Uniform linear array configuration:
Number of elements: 64
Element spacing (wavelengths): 0.25
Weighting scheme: hann
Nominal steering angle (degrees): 60
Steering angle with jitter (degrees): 59.896
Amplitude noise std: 0.05
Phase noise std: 0.05

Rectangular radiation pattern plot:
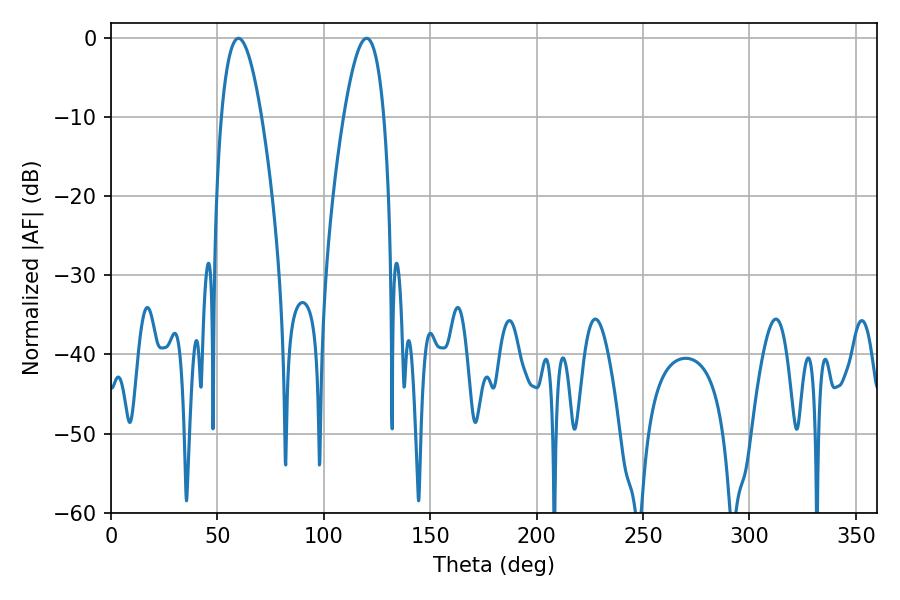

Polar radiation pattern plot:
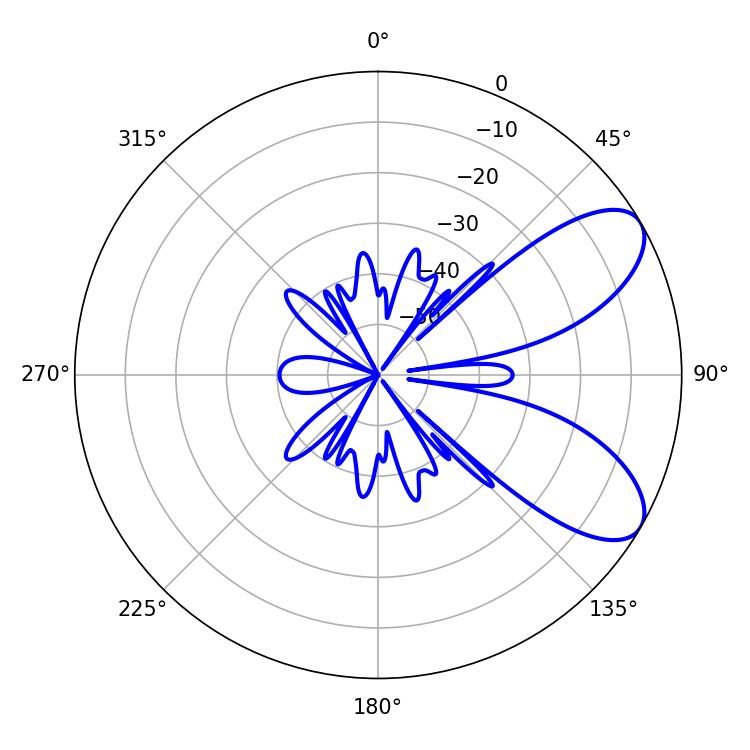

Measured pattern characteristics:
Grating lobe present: FALSE
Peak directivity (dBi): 7.719
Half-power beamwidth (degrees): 10.44
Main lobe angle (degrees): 59.94